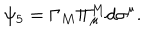
\psi _ { 5 } = \Gamma _ { M } \Pi _ { \mu } ^ { M } d \sigma ^ { \mu } .